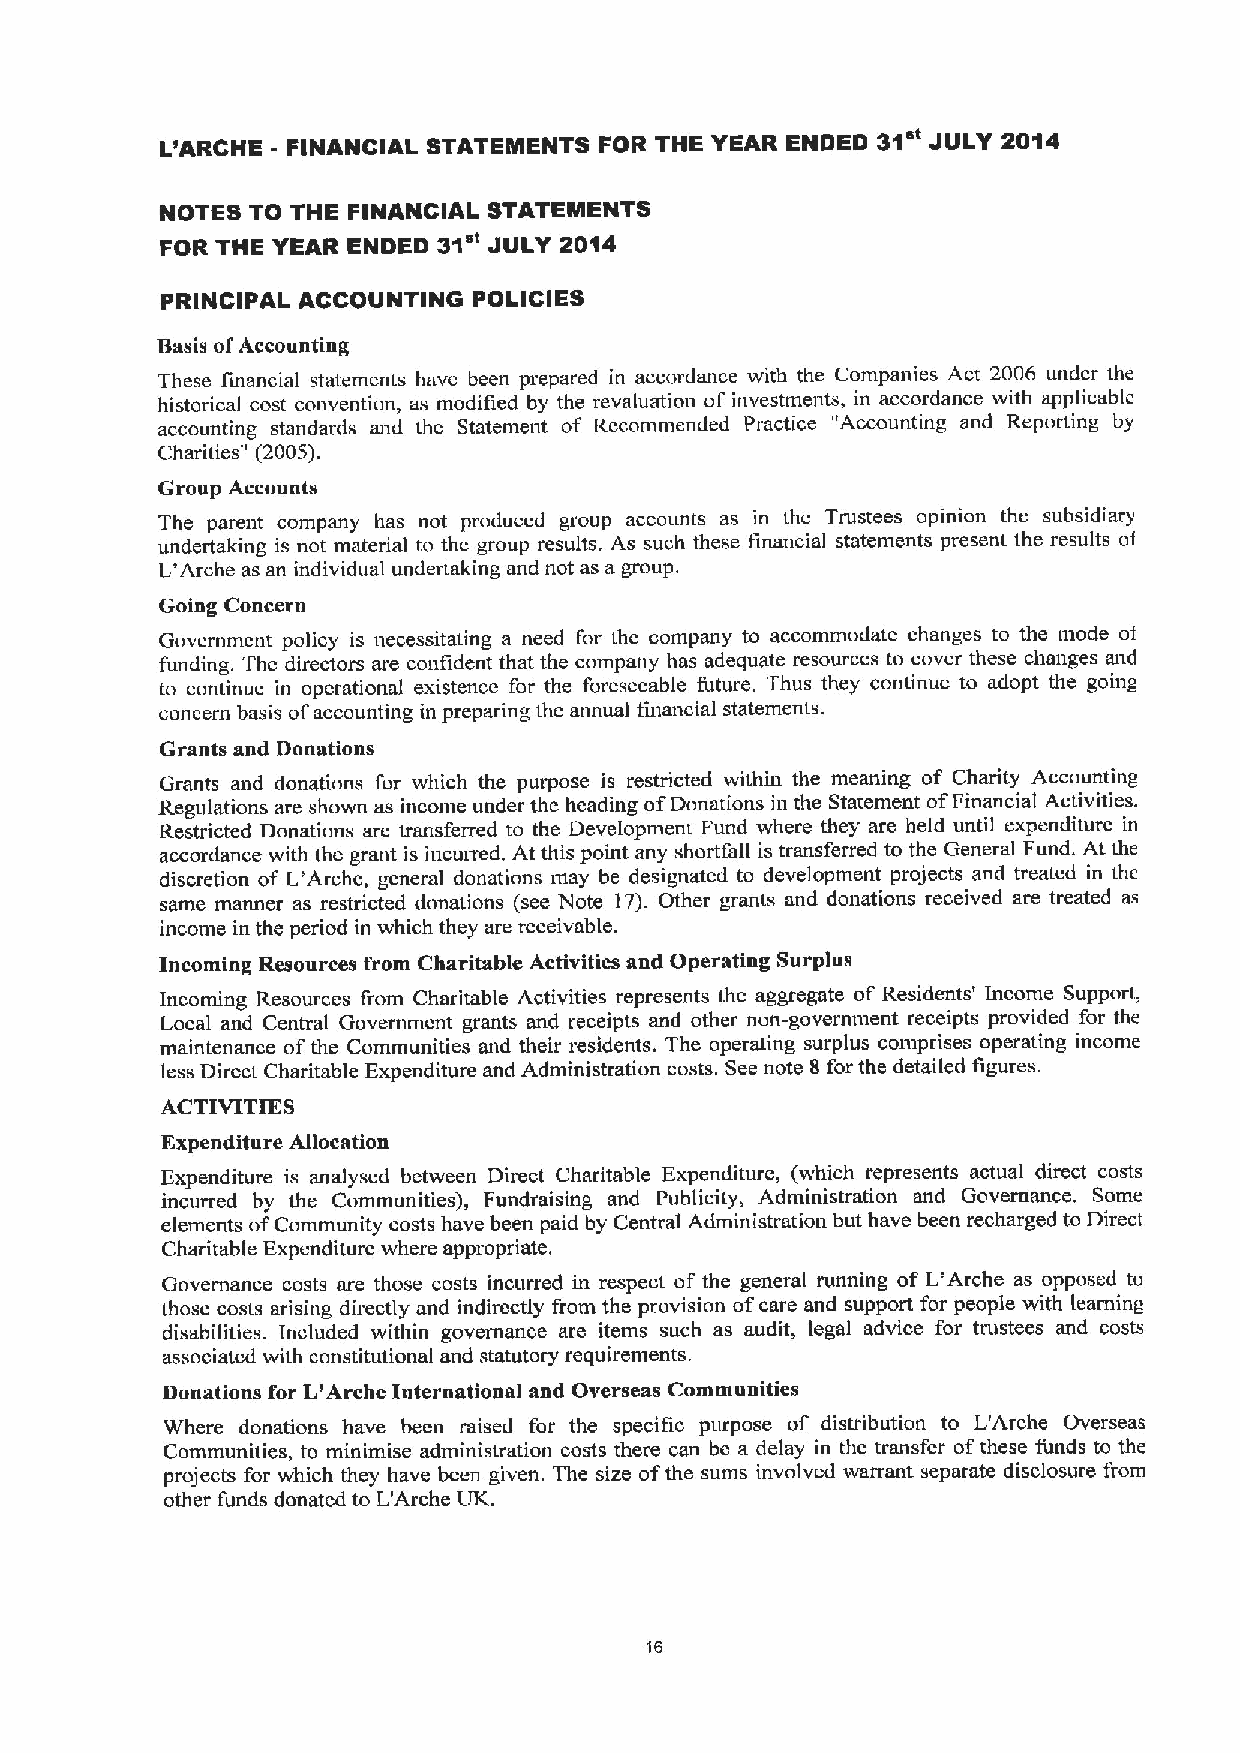
L'ARCHE - FINANCIAL STATEMENTS FOR THE YEAR ENDED 31' JULY 2014
 NOTES TO THE FINANCIAL STATEMENTS
 FOR THE YEAR ENDED 31iu JULY 2014
 PRINCIPAL ACCOUNTING POLICIES
 Basis ofAccounting
 These linancial statements have been prepared in accordance with the f.'ompanies Act 2006 under the
 historical cost convention, as modified by the revaluation of investments, in accordance with applicable
 accounting standards and the Statement of Recommended Practice "Accounting and Reporting by
 Charities" (2005).
 Croup Accounts
 The parent company has not produced group accounts as in the Trustees opinion the subsidiary
 undertaking is not material to the group results. As such these financial statements present the results of
 L'Arche as an individual undertaking and not as a group.
 Going Concern
 Government policy is necessitating a need for the company to accommodate changes to the mode of
 funding. The directors are confident that the company has adequate resources to cover these changes and
 to continue in operational existence for the foreseeable future. Thus they continue to adopt the going
 conceni basis of'accounting in preparing the annual financial statements.
 Grants and Donations
 Grants and donations for which the purpose is restricted within the meaning of Charity Accounting
 Regulations are shown as income under the heading ofDonations in the Statement ofFinancial Activities.
 Restricted Donations are transferred to the Development Fund where they are held until expenditure in
 accordance with the grant is incurred. At this point any shortfall is transferred to the General Fund. At the
 discretion of L'Arche, general donations may be designated to development projects and treated in the
 same manner as restricted donations (see Note 17).Other grants and donations received are treated as
 income in the period in which they are receivable.
 Incoming Resources from Charitable Activities and Operating Surplus
 Incoming Resources from Charitable Activities represents the aggregate of Residents' Income Support,
 Local and Central Government grants and receipts and other non-government receipts provided for the
 maintenance ofthe Communities and their residents. The operating surplus comprises operating income
 less Direct Charitable Expenditure and Administration costs. See note 8 for the detailed figures.
 ACTIVITIES
 Expenditure Allocation
 Expenditure is analyscd between Direct Charitable Expenditure, (which represents actual direct costs
 incurred by the Communities), Fundraising and Publicity, Administration and Governance. Some
 elements ofCommunity costs have been paid by Central Administration but have been recharged to Direct
 Charitable Expenditure where appropriate.
 Governance costs are those costs incurred in respect of the general running of L'Arche as opposed to
 those costs arising directly and indirectly from the provision ofcare and support for people with learning
 disabilities. Included within governance are items such as audit, legal advice for trustees and costs
 associated with constitutional and statutory requirements.
 Donations for L'Arche International and Overseas Communities
 Where donations have been raised for the specific purpose of distribution to L'Arche Overseas
 Communities, to minimise administration costs there can bc a delay in the transfer ofthese funds to the
 projects for which they have been given. The size ofthe sums involved warrant separate disclosure from
 other funds donated to L'Arche UK.
 16